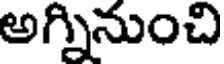
అగ్నినుంచి